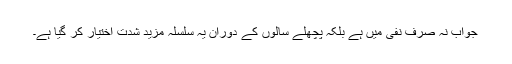
جواب نہ صرف نفی میں ہے بلکہ پچھلے سالوں کے دوران یہ سلسلہ مزید شدت اختیار کر گیا ہے۔